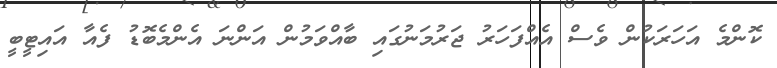
ކޮންމެ އަހަރަކުން ވެސް އެއްފަހަރު ޖަރުމަނުގައި ބާއްވަމުން އަންނަ އެންމެބޮޑު ފެއާ އައިޓީބީ